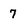
Character: 7